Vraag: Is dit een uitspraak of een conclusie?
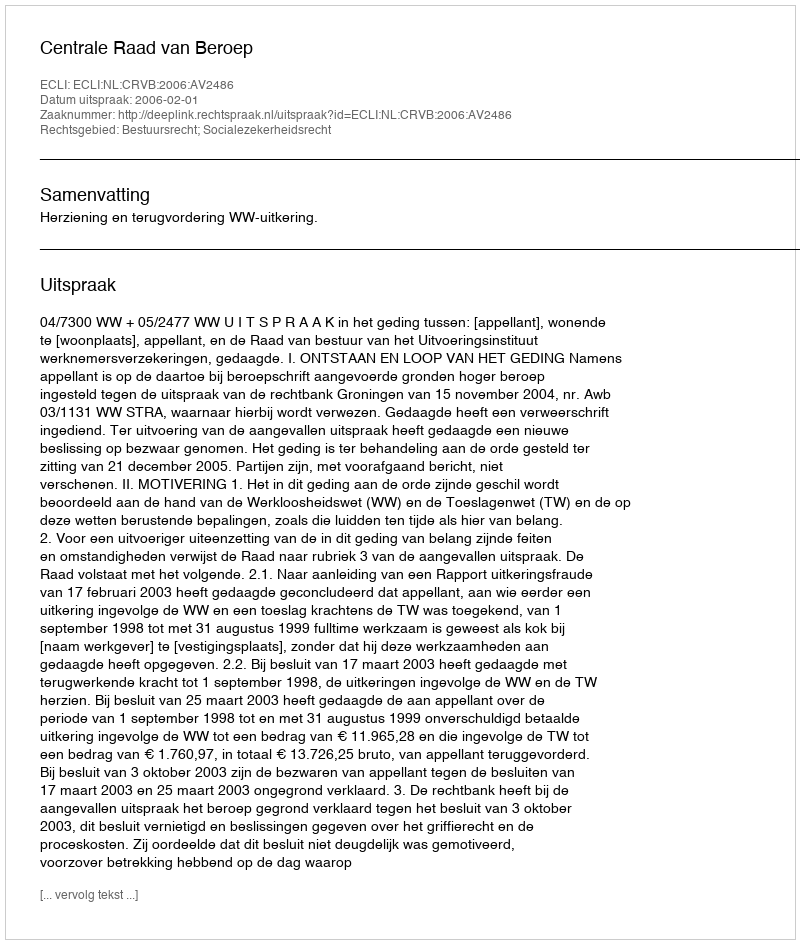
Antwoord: Uitspraak